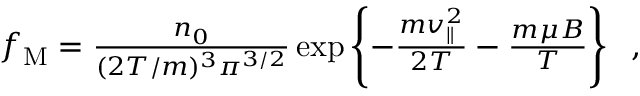
\begin{array} { r } { f _ { \mathrm { { M } } } = \frac { n _ { 0 } } { ( 2 T / m ) ^ { 3 } \pi ^ { 3 / 2 } } \exp \left\{ - \frac { m v _ { \| } ^ { 2 } } { 2 T } - \frac { m \mu B } { T } \right\} \; \; , } \end{array}